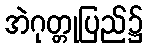
အဲဂုတ္တုပြည်၌